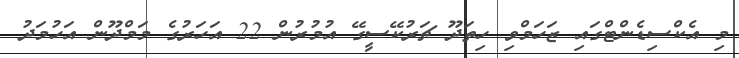
މި އެކްސިޑެންޓްގައި ޒަހަމްވި ހިތަދޫ ޗަރުކޭސީގޭ އުމުރުން 22 އަހަރުގެ މަމްދޫން އަހުމަދު